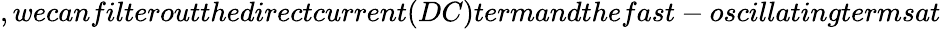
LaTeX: ,wecanfilteroutthedirectcurrent(DC)termandthefast-oscillatingtermsat